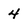
Character: 4